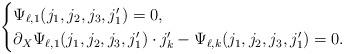
LaTeX: \begin{align*} \begin{cases} \Psi_{\ell,1}(j_1,j_2,j_3,j_1') = 0,\\ \partial_X \Psi_{\ell,1}(j_1,j_2,j_3,j_1')\cdot j_k' - \Psi_{\ell,k}(j_1,j_2,j_3,j_1') = 0 . \end{cases}\end{align*}